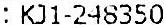
: KJ1-248350